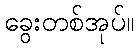
ခွေးတစ်အုပ်။